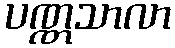
ပဏ္ဏသာလာ